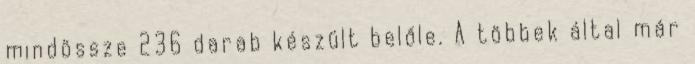
mindössze 236 darab készült belőle. A többek által már